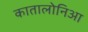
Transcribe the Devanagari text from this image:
कातालोनिआ